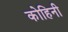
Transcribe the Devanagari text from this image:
कोहिनी